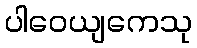
ပါဝေယျကေသု